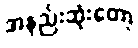
အနည်းဆုံးတော့